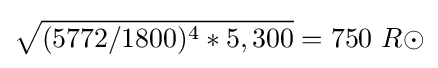
{\sqrt {(5772/1800)^{4}*5,300}}=750\ R\odot